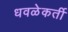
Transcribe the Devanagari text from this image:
धवळेकर्ती